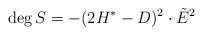
LaTeX: \begin{align*}\deg S=- (2H^*-D)^2\cdot \tilde E^2 \end{align*}